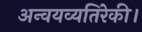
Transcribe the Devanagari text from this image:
अन्वयव्यतिरेकी।